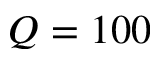
Q = 1 0 0